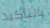
بالتأكيد